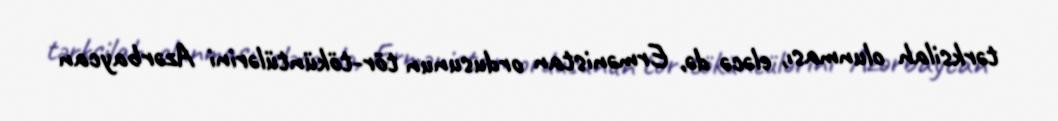
tərksilah olunması, eləcə də, Ermənistan ordusunun tör-töküntülərini Azərbaycan